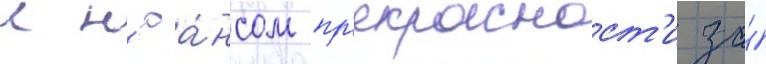
с н'юа́нсом пр'екрасност'и за́